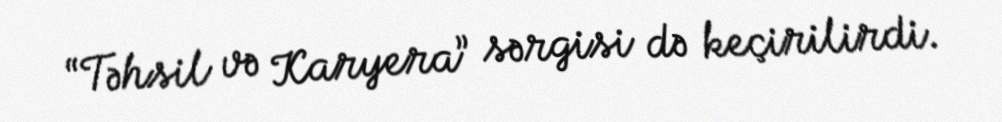
“Təhsil və Karyera” sərgisi də keçirilirdi.